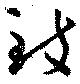
致